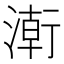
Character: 𭱸